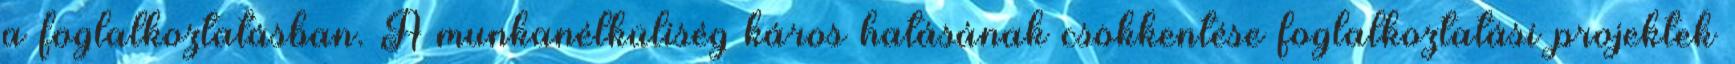
a foglalkoztatásban. A munkanélküliség káros hatásának csökkentése foglalkoztatási projektek